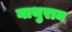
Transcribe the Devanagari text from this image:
नाथुराम